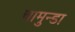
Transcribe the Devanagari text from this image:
चामुन्डा